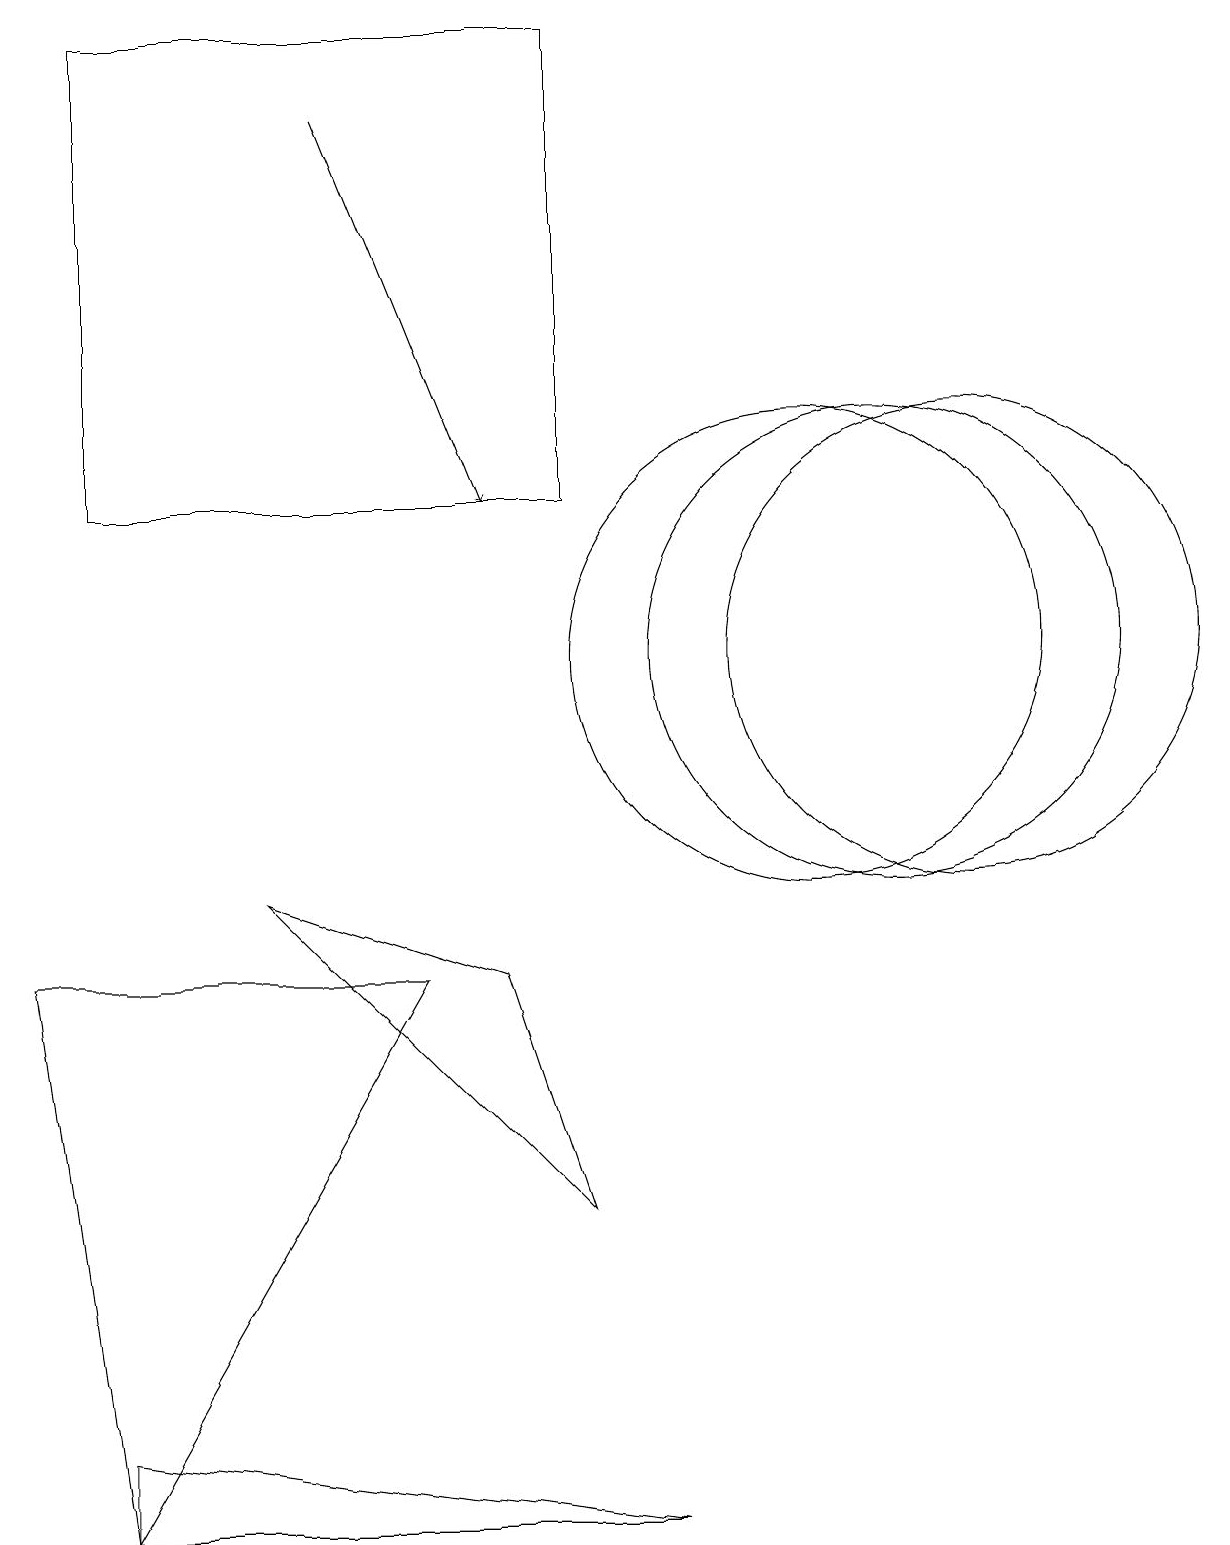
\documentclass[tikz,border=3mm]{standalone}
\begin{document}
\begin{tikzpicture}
\draw (1,1) -- (8,0) -- (1,0) -- cycle;
\draw (1,19) rectangle (7,13);
\draw (6,7) -- (3,8) -- (7,4) -- cycle;
\draw (11,11) circle (3);
\draw (1,0) -- (5,7) -- (0,7) -- cycle;
\draw (12,11) circle (3);
\draw (10,11) circle (3);
\draw[->] (4,18) -- (6,13);
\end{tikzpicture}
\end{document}